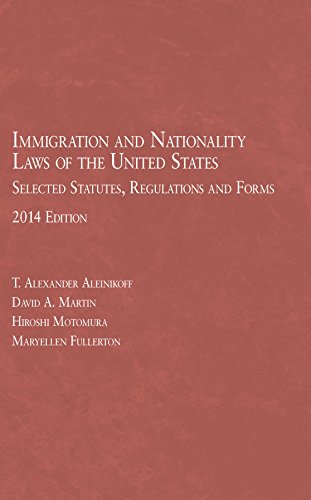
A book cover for Immigration and Nationality Laws of the United States: Selected Stats, Regulations and Forms, 2014 (Selected Statutes); Thomas Aleinikoff; Law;